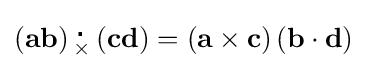
\left(\mathbf {ab} \right){}_{\times }^{\,\centerdot }\left(\mathbf {cd} \right)=\left(\mathbf {a} \times \mathbf {c} \right)\left(\mathbf {b} \cdot \mathbf {d} \right)